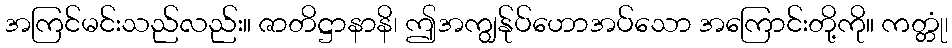
အကြင်မင်းသည်လည်း။ ဇာတိဋ္ဌာနာနိ၊ ဤအကျွန်ုပ်ဟောအပ်သော အကြောင်းတို့ကို။ ကတ္တုံ၊